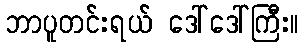
ဘာပူတင်းရယ် ဒေါ်ဒေါ်ကြီး။